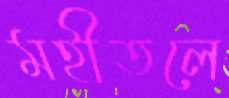
মহীতলে